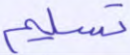
تسليم